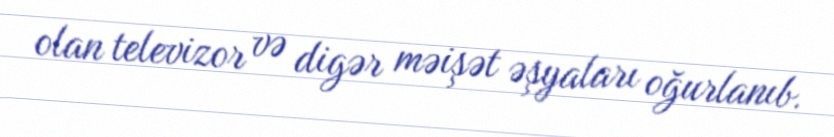
olan televizor və digər məişət əşyaları oğurlanıb.